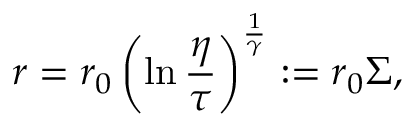
r = r _ { 0 } \left( \ln \frac { \eta } { \tau } \right) ^ { \frac { 1 } { \gamma } } : = r _ { 0 } \Sigma ,